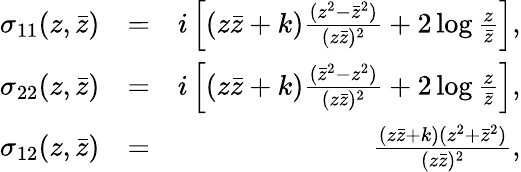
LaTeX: \begin{array}{rlr}{\sigma_{11}(z,\bar{z})}&{=}&{i\left[(z\bar{z}+k)\frac{(z^{2}-\bar{z}^{2})}{(z\bar{z})^{2}}+2\log{\frac{z}{\bar{z}}}\right],}\\ {\sigma_{22}(z,\bar{z})}&{=}&{i\left[(z\bar{z}+k)\frac{(\bar{z}^{2}-z^{2})}{(z\bar{z})^{2}}+2\log{\frac{z}{\bar{z}}}\right],}\\ {\sigma_{12}(z,\bar{z})}&{=}&{\frac{(z\bar{z}+k)(z^{2}+\bar{z}^{2})}{(z\bar{z})^{2}},}\end{array}